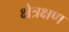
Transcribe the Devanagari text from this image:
क्षेत्रक्षण